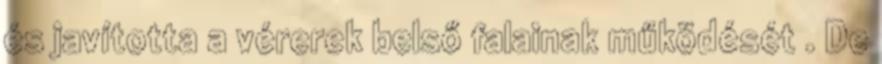
és javította a vérerek belső falainak működését . De